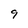
Character: 9